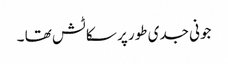
جونی جدی طور پر سکاٹش تھا ۔